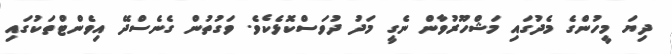
ދިޔަ މީހުންގެ މެދުގައި މަޝްހޫރުވާން ނެގީ މަދު ދުވަސްކޮޅެކެވެ. ވަގުތުން ގެނެސްދޭ އިވެންޓްތަކުގައި